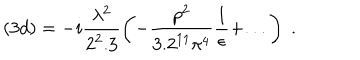
( 3 d ) = - i \frac { \lambda ^ { 2 } } { 2 ^ { 2 } . 3 } \left( - \frac { p ^ { 2 } } { 3 . 2 ^ { 1 1 } \pi ^ { 4 } } \frac { 1 } { \epsilon } + . . . \right) \; .